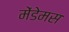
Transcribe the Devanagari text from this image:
मेंडेमस